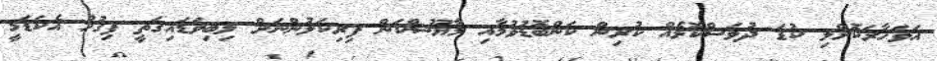
އަވަހާރަކޮށްލި ކުޑަ ދުވަސްކޮޅެއް ކުރިން ކަންބޮޑުވުމާއި މާޔޫސްކަން ފިރިކަލުންނަަށް ލިބިވަޑައިގަތީ ފިގުހު އެކަޑަމީ